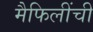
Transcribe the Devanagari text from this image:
मैफिलींची